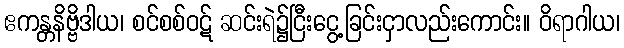
ဧကန္တနိဗ္ဗိဒါယ၊ စင်စစ်ဝဋ် ဆင်းရဲ၌ငြီးငွေ့ခြင်းငှာလည်းကောင်း။ ဝိရာဂါယ၊